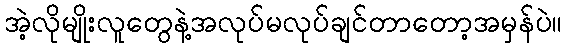
အဲ့လိုမျိုးလူတွေနဲ့အလုပ်မလုပ်ချင်တာတော့အမှန်ပဲ။